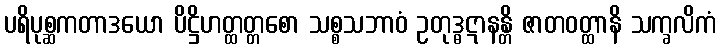
ပရိပုစ္ဆကတာဒယော ပိဋ္ဌိဟတ္ထတ္တစော သစ္စသဘာဝံ ဥတုဒ္ဓဋာနန္တိ ဇာတဝတ္ထာနိ သက္ခလိကံ